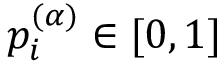
p _ { i } ^ { ( \alpha ) } \in [ 0 , 1 ]